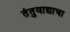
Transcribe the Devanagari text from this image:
तंतुवाद्याचा